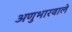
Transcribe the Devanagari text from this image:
अणुभारवाले